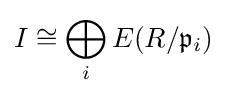
I\cong \bigoplus _{i}E(R/{\mathfrak {p}}_{i})